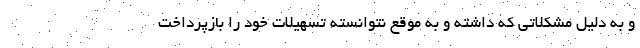
و به دلیل مشکلاتی که داشته و به موقع نتوانسته تسهیلات خود را بازپرداخت